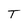
Character: T